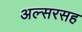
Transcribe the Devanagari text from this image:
अल्सरसह